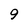
Character: 9